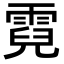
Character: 霓